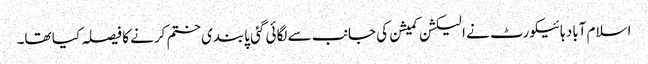
اسلام آباد ہائیکورٹ نے الیکشن کمیشن کی جانب سے لگائی گئی پابندی ختم کرنے کا فیصلہ کیا تھا۔